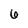
Character: 6